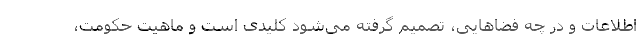
اطلاعات و در چه فضاهایی، تصمیم گرفته می­شود کلیدی است و ماهیتِ حکومت،